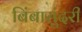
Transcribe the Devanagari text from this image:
बिंबासुंदरी